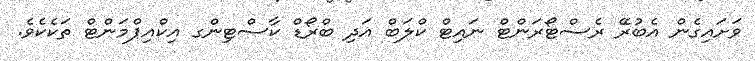
ވަށައިގެން އެބުރޭ ރެސްޓޯރަންޓް ނައިޓް ކްލަބް އަދި ބްރޯޑް ކާސްޓިންގ އިކްއިޕްމަންޓް ތަކެކެވެ.